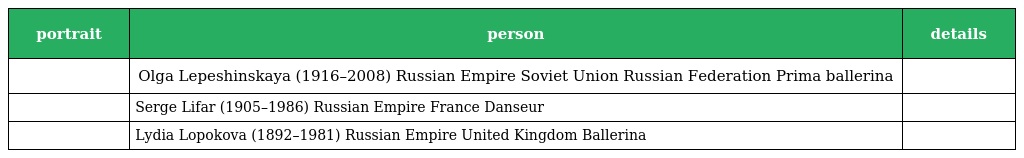
| portrait | person | details |
 | --- | --- | --- |
 |  | Olga Lepeshinskaya (1916–2008) Russian Empire Soviet Union Russian Federation Prima ballerina |  |
 |  | Serge Lifar (1905–1986) Russian Empire France Danseur |  |
 |  | Lydia Lopokova (1892–1981) Russian Empire United Kingdom Ballerina |  |